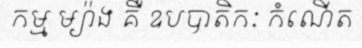
កម្ម ម្យ៉ាង គឺ ឧបបាតិកៈ កំណើត